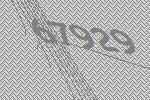
67929